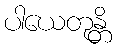
ပါယေတုန္တိ